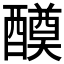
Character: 𨣆